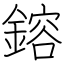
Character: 鎔